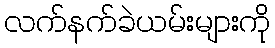
လက်နက်ခဲယမ်းများကို